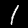
Digit: 1